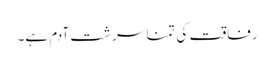
رفاقت کی تمنا سر شتِ آدم ہے۔